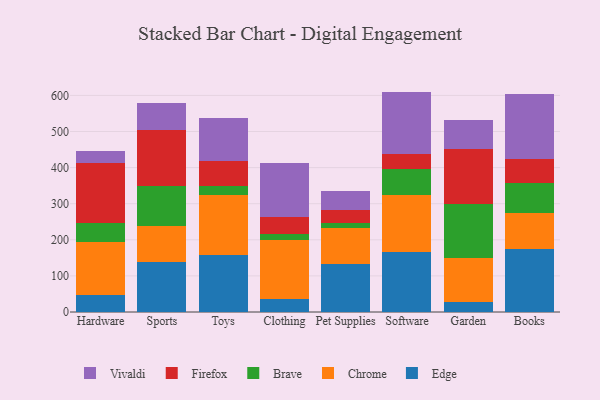
{"axis": {"x": "Category", "y": "Latency (ms)"}, "legend": ["Brave", "Chrome", "Edge", "Firefox", "Vivaldi"], "data": [{"x": "Hardware", "y": 47.6, "type": "Edge"}, {"x": "Hardware", "y": 146.9, "type": "Chrome"}, {"x": "Hardware", "y": 50.8, "type": "Brave"}, {"x": "Hardware", "y": 167.0, "type": "Firefox"}, {"x": "Hardware", "y": 33.3, "type": "Vivaldi"}, {"x": "Sports", "y": 137.3, "type": "Edge"}, {"x": "Sports", "y": 101.9, "type": "Chrome"}, {"x": "Sports", "y": 110.8, "type": "Brave"}, {"x": "Sports", "y": 155.2, "type": "Firefox"}, {"x": "Sports", "y": 73.7, "type": "Vivaldi"}, {"x": "Toys", "y": 158.0, "type": "Edge"}, {"x": "Toys", "y": 166.4, "type": "Chrome"}, {"x": "Toys", "y": 24.7, "type": "Brave"}, {"x": "Toys", "y": 70.1, "type": "Firefox"}, {"x": "Toys", "y": 117.2, "type": "Vivaldi"}, {"x": "Clothing", "y": 36.9, "type": "Edge"}, {"x": "Clothing", "y": 162.2, "type": "Chrome"}, {"x": "Clothing", "y": 17.0, "type": "Brave"}, {"x": "Clothing", "y": 46.4, "type": "Firefox"}, {"x": "Clothing", "y": 150.2, "type": "Vivaldi"}, {"x": "Pet Supplies", "y": 132.7, "type": "Edge"}, {"x": "Pet Supplies", "y": 101.2, "type": "Chrome"}, {"x": "Pet Supplies", "y": 12.1, "type": "Brave"}, {"x": "Pet Supplies", "y": 35.6, "type": "Firefox"}, {"x": "Pet Supplies", "y": 52.6, "type": "Vivaldi"}, {"x": "Software", "y": 165.8, "type": "Edge"}, {"x": "Software", "y": 158.0, "type": "Chrome"}, {"x": "Software", "y": 71.6, "type": "Brave"}, {"x": "Software", "y": 41.8, "type": "Firefox"}, {"x": "Software", "y": 173.4, "type": "Vivaldi"}, {"x": "Garden", "y": 28.9, "type": "Edge"}, {"x": "Garden", "y": 121.4, "type": "Chrome"}, {"x": "Garden", "y": 149.3, "type": "Brave"}, {"x": "Garden", "y": 150.8, "type": "Firefox"}, {"x": "Garden", "y": 80.9, "type": "Vivaldi"}, {"x": "Books", "y": 175.1, "type": "Edge"}, {"x": "Books", "y": 97.8, "type": "Chrome"}, {"x": "Books", "y": 85.4, "type": "Brave"}, {"x": "Books", "y": 66.1, "type": "Firefox"}, {"x": "Books", "y": 179.7, "type": "Vivaldi"}]}